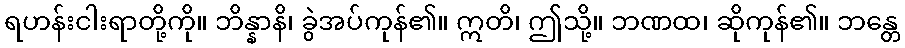
ရဟန်းငါးရာတို့ကို။ ဘိန္နာနိ၊ ခွဲအပ်ကုန်၏။ ဣတိ၊ ဤသို့။ ဘဏထ၊ ဆိုကုန်၏။ ဘန္တေ